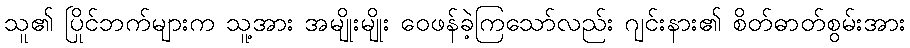
သူ၏ ပြိုင်ဘက်များက သူ့အား အမျိုးမျိုး ဝေဖန်ခဲ့ကြသော်လည်း ဂျင်းနား၏ စိတ်ဓာတ်စွမ်းအား